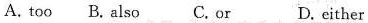
A.too B.Also C.Or D.either